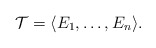
\begin{align*} \mathcal{T}=\langle E_1, \ldots, E_n \rangle.\end{align*}